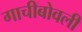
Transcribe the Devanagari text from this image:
गाचीबोवली